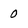
Character: 0